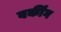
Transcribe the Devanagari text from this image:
वर्कींग